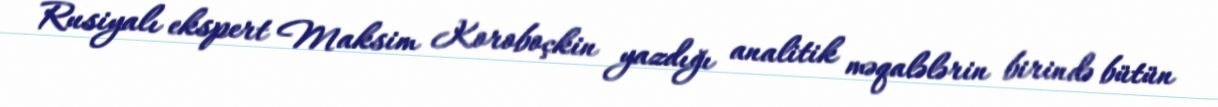
Rusiyalı ekspert Maksim Koroboçkin yazdığı analitik məqalələrin birində bütün